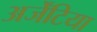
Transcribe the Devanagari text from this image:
अर्जेंटिया